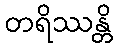
တရိဿန္တိ